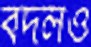
বদলও